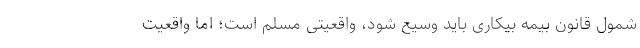
شمول قانون بیمه بیکاری باید وسیع شود، واقعیتی مسلم است؛ اما واقعیت